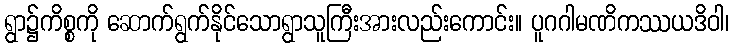
ရွာ၌ကိစ္စကို ဆောက်ရွက်နိုင်သောရွာသူကြီးအားလည်းကောင်း။ ပူဂဂါမဏိကဿယဒိဝါ၊